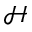
\mathcal { H }